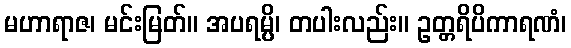
မဟာရာဇ၊ မင်းမြတ်။ အပရမ္ပိ၊ တပါးလည်း။ ဥတ္တရိပိကာရဏံ၊